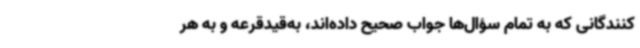
کنندگانی که به تمام سؤال‌ها جواب صحیح داده‌اند، به‌قیدقرعه و به هر